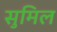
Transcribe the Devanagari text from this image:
सुमिल